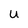
Character: u